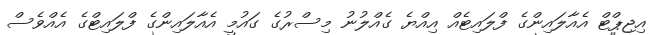
އިޖިޕްޓް އެއާލައިންގެ ފްލައިޓެއް އިއްޔެ ގެއްލުނު މިސްރުގެ ގައުމީ އެއާލައިންގެ ފްލައިޓްގެ އެއްވެސް